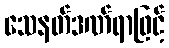
သေနတ်ဒဏ်ရာဖြင့်